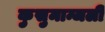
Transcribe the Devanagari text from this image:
कुसुमान्जली